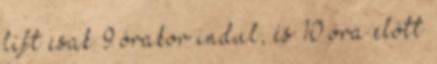
lift csak 9 órakor indul, és 10 óra előtt